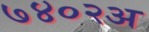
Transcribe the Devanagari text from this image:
७४०२अ